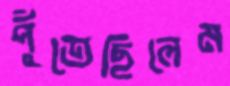
পুঁতেছিলেম